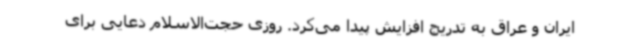
ایران و عراق به تدریج افزایش پیدا می‌کرد. روزی حجت‌الاسلام دعایی برای